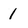
Character: 1